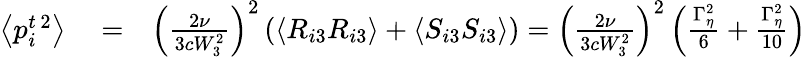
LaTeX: \begin{array}{rlr}{\left\langle p_{i}^{t\, 2}\right\rangle}&{{}=}&{\left(\frac{2\nu}{3cW_{3}^{2}}\right)^{2}\left(\left\langle R_{i3}R_{i3}\right\rangle+\left\langle S_{i3}S_{i3}\right\rangle\right)=\left(\frac{2\nu}{3cW_{3}^{2}}\right)^{2}\left(\frac{\Gamma_{\eta}^{2}}{6}+\frac{\Gamma_{\eta}^{2}}{10}\right)}\end{array}